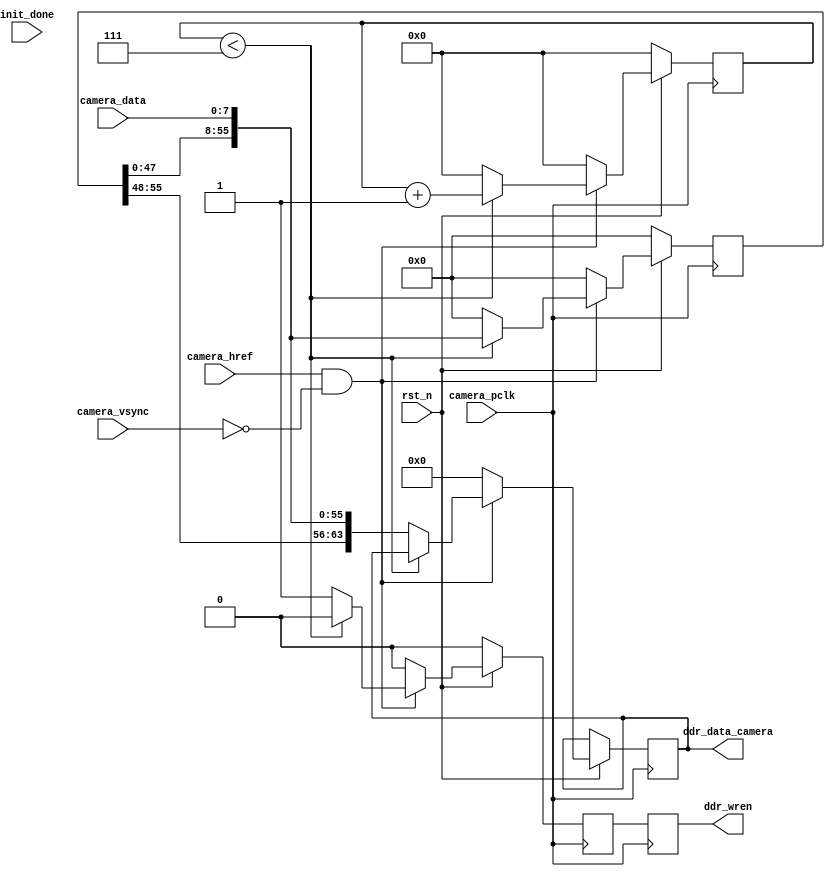
`timescale 1ns / 1ps
//////////////////////////////////////////////////////////////////////////////////
// Module Name:    camera_capture 
//////////////////////////////////////////////////////////////////////////////////
module camera_capture(
	input rst_n,	
	input init_done,
	input camera_pclk,
    input camera_href,
	input camera_vsync,
	input [7:0] camera_data,	
	output reg ddr_wren,                             //ddr camera write
	output reg [63:0] ddr_data_camera               //ddr camera write data

	
);

reg [10:0] camera_h_count;            
reg [9:0] camera_v_count;       

reg [63:0] camera_data_reg;
reg [9:0] counter;

reg camera_vsync_buf1;
reg camera_vsync_buf2;

reg cmos_wren;



//camera lines
always @(posedge camera_pclk)
begin
	 if (~rst_n) 
       camera_h_count<=1;
	 else if((camera_href==1'b1) & (camera_vsync==1'b0))  
       camera_h_count<=camera_h_count+1'b1;	  
	 else 
	 	 camera_h_count<=1;
 
end

//camera column counter
always @(posedge camera_pclk)
begin
	 if (~rst_n | camera_vsync) 
       camera_v_count<=0;
	 else if(camera_h_count==1280)   
       camera_v_count<=camera_v_count+1'b1;	  
	 else 
	 	 camera_v_count<=camera_v_count;
end
	

// request for storing data to DDR and transformed to 256 bit
always @(posedge camera_pclk)
begin
	 if (~rst_n) begin 
			camera_data_reg<=0;
			cmos_wren<=1'b0;
			counter<=0;
	 end	
	 else if((camera_href==1'b1) & (camera_vsync==1'b0)) begin   //cmos valid
		   if(counter<7) begin                              //read the first 31 data 	  
				 camera_data_reg<={camera_data_reg[55:0],camera_data};
				 counter<=counter+1'b1;
				 ddr_data_camera<=ddr_data_camera;	
				 cmos_wren<=1'b0;
			end
			else begin                                       //read 32nd camera		  
			    ddr_data_camera<={camera_data_reg[55:0],camera_data};
				 camera_data_reg<=0;		
				 counter<=0; 
			    cmos_wren<=1'b1;                              //when receive 32 bytes, generate ddr write				 
			end
	  end
	  else begin
				camera_data_reg<=0;
				ddr_data_camera<=0;
				cmos_wren<=1'b0;
				counter<=0;
	  end
end

always @(negedge camera_pclk)
begin
  ddr_wren<=cmos_wren;
end  
		
endmodule